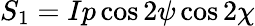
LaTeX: S_{1}=Ip\cos 2\psi\cos 2\chi